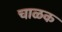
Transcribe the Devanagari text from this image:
चाळक